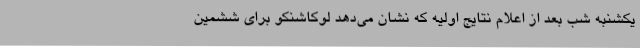
یکشنبه شب بعد از اعلام نتایج اولیه که نشان می‌دهد لوکاشنکو برای ششمین